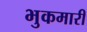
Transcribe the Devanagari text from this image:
भुकमारी